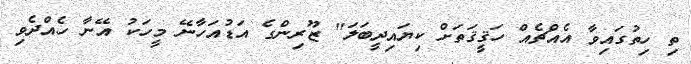
ތި ހިތުގައިވާ އެއްޗެއް ހަޤީޤަތަށް ކިޔައިދީބަލަ" ޒޫރިންގެ އަޑުއަހާނޭ މީހަކު އޭނާ ހެއްދެވި